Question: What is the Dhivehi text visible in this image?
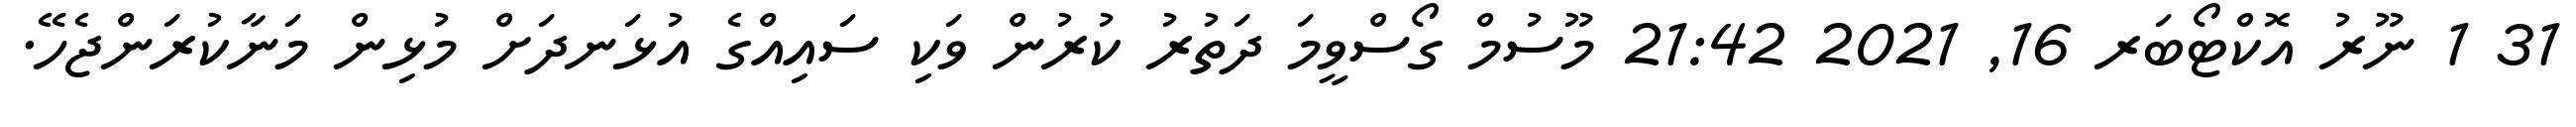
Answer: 31 1 ނޫރު އޮކްޓޯބަރ 16, 2021 21:42 މޫސުމް ގޯސްވީމަ ދަތުރު ކުރުން ވަކި ސައިއްގެ އުޅަނދަށް މުޅިން މަނާކުރަންޖެހޭ.